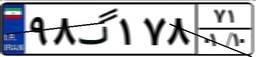
۹۸گ۱۷۸۷۱